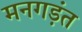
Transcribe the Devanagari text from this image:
मनगड़ंत